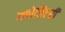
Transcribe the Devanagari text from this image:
सपोजिटरी